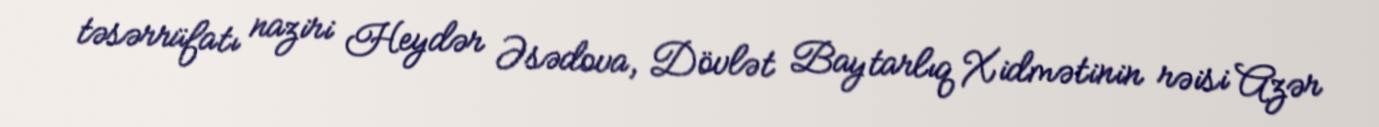
təsərrüfatı naziri Heydər Əsədova, Dövlət Baytarlıq Xidmətinin rəisi Azər